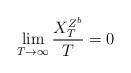
LaTeX: \begin{align*}\lim_{T\rightarrow\infty}\frac{X_T^{Z^{b}}}{T}=0\end{align*}